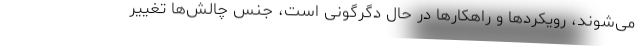
می‌شوند، رویکردها و راهکارها در حال دگرگونی است، جنس چالش‌ها تغییر